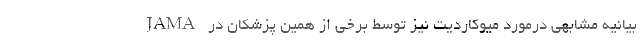
بیانیه مشابهی درمورد میوکاردیت نیز توسط برخی از همین پزشکان در JAMA